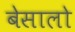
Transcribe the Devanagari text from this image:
बेसालो